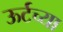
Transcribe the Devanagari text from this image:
ऊर्टच्या